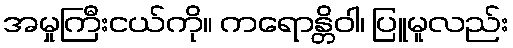
အမှုကြီးငယ်ကို။ ကရောန္တိဝါ၊ ပြူမူလည်း